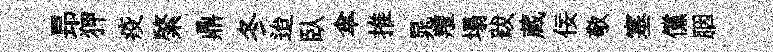
昻狎疫綮鼎冬迨臥傘推晁羶塌跋蔵佞敬塞儻胭